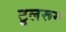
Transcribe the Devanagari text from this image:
टूलरूम